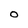
Character: O